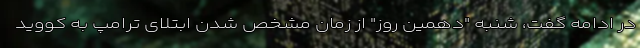
در ادامه گفت، شنبه "دهمین روز" از زمان مشخص شدن ابتلای ترامپ به کووید